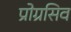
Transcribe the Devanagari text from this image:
प्रोग्रसिव